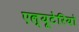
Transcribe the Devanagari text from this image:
एल्यूटेरियो